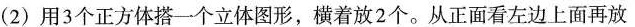
(2)用3个正方体搭一个立体图形，横着放2个。从正面看左边上面再放